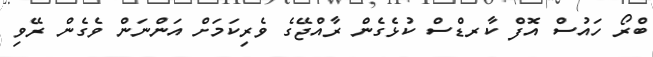
ބްރޯ ހައުސް އޮފް ކާރޑްސް ކުޅެގެން ރާއްޖޭގެ ވެރިކަމަށް އަންނަން ވެގެން ރޭވި